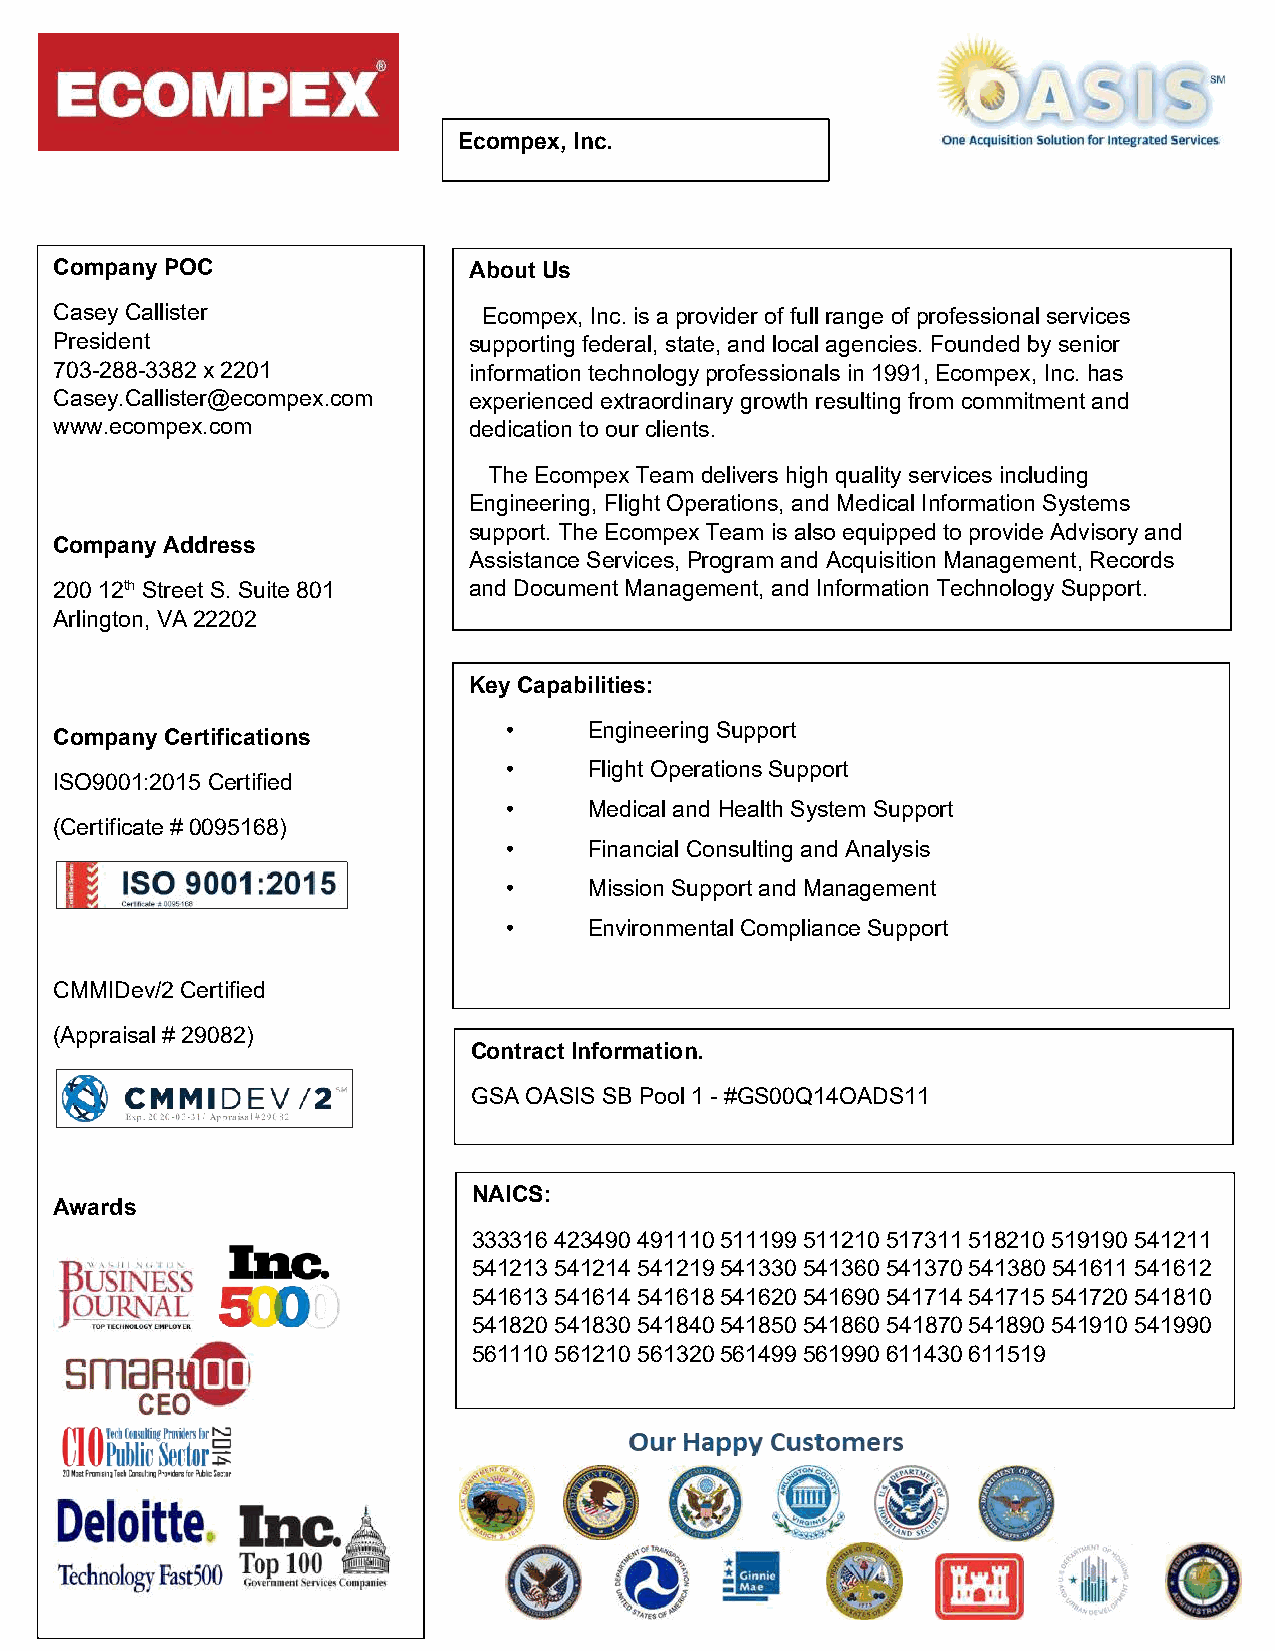
Ecompex, Inc.
 Company POC                About Us
 Casey Callister             Ecompex, Inc. is a provider of full range of professional services
 President                  supporting federal, state, and local agencies. Founded by senior
 703-288-3382 x 2201        information technology professionals in 1991, Ecompex, Inc. has
 Casey.Callister@ecompex.com experienced extraordinary growth resulting from commitment and
 www.ecompex.com            dedication to our clients.
 The Ecompex Team delivers high quality services including
 Engineering, Flight Operations, and Medical Information Systems
 support. The Ecompex Team is also equipped to provide Advisory and
 Company Address
 Assistance Services, Program and Acquisition Management, Records
 200 12th Street S. Suite 801 and Document Management, and Information Technology Support.
 Arlington, VA 22202
 Key Capabilities:
 •    Engineering Support
 Company Certifications
 •    Flight Operations Support
 ISO9001:2015 Certified
 •    Medical and Health System Support
 (Certificate # 0095168)
 •    Financial Consulting and Analysis
 •    Mission Support and Management
 •    Environmental Compliance Support
 CMMIDev/2 Certified
 (Appraisal # 29082)
 Contract Information.
 GSA OASIS SB Pool 1 - #GS00Q14OADS11
 NAICS:
 Awards
 333316 423490 491110 511199 511210 517311 518210 519190 541211
 541213 541214 541219 541330 541360 541370 541380 541611 541612
 541613 541614 541618 541620 541690 541714 541715 541720 541810
 541820 541830 541840 541850 541860 541870 541890 541910 541990
 561110 561210 561320 561499 561990 611430 611519